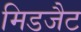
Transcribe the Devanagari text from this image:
मिडजैट